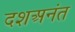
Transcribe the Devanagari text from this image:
दशअनंत